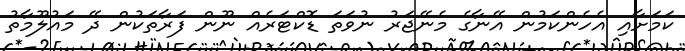
ކަމަށާއި އެހެންކަމުން އޭނާގެ މެނޭޖަރު ނުވަތަ ޑޮކްޓަރެއް ނޫން ފަރާތަކުން ދޭ މައުލޫމާތު